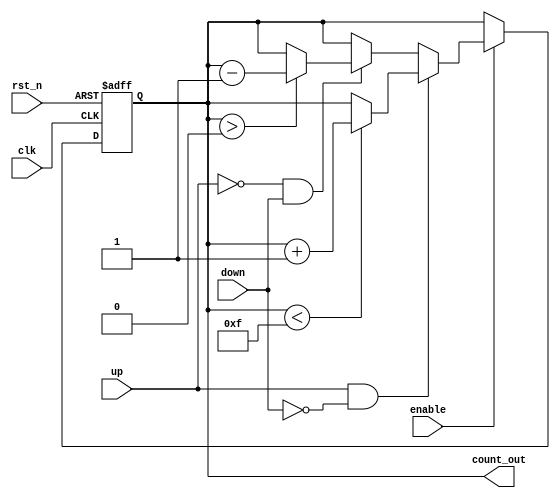
module UpDownCounter (
    input wire clk,             // Clock input
    input wire rst_n,          // Asynchronous reset (active low)
    input wire enable,         // Count enable
    input wire up,             // Up count control signal
    input wire down,           // Down count control signal
    output reg [3:0] count_out // Current count value (4-bit output)
);

    // Maximum count value for a 4-bit counter
    localparam MAX_COUNT = 4'b1111; // 15 in decimal
    localparam RESET_VALUE = 4'b0000; // Reset value, usually 0

    always @(posedge clk or negedge rst_n) begin
        if (!rst_n) begin
            // Asynchronous reset
            count_out <= RESET_VALUE;
        end else if (enable) begin
            if (up && !down) begin
                // Count up
                if (count_out < MAX_COUNT) begin
                    count_out <= count_out + 1;
                end
            end else if (!up && down) begin
                // Count down
                if (count_out > 0) begin
                    count_out <= count_out - 1;
                end
            end
        end
        // If neither 'up' nor 'down' is asserted, retain current value
    end

endmodule